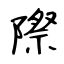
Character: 際